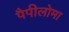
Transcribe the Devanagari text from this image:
पैपीलोमा